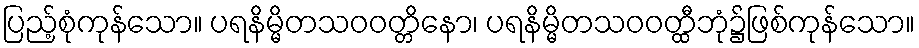
ပြည့်စုံကုန်သော။ ပရနိမ္မိတသဝဝတ္တိနော၊ ပရနိမ္မိတသဝဝတ္ထီဘုံ၌ဖြစ်ကုန်သော။